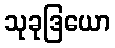
သုခုဒြယော